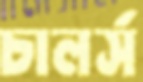
চালর্স